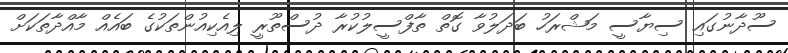
ސޫދާނުގައި ސިޔާސީ މަޝްރަހު ބަދަލުވާ ގޮތް ތާފްސީލުކުރާ ދުސްތޫރީ ލިއެކިއުންތަކުގެ ބައެއް މާއްދާތަކަށް